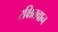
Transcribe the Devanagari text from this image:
रक्षितवान